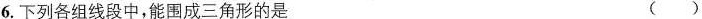
6.下列各组线段中，能围成三角形的是 ()